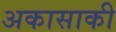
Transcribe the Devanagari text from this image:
अकासाकी